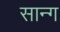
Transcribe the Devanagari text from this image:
सान्ग